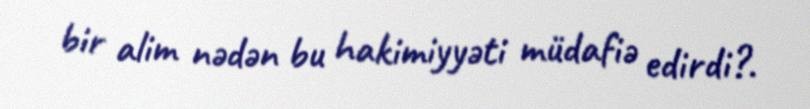
bir alim nədən bu hakimiyyəti müdafiə edirdi?.